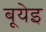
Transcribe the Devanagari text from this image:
बूयेइ